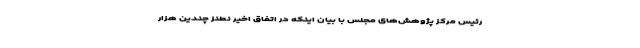
رئیس مرکز پژوهش‌های مجلس با بیان اینکه در اتفاق اخیر نطنز چندین هزار